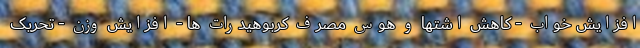
افزایش خواب - کاهش اشتها و هوس مصرف کربوهیدرات ها - افزایش وزن - تحریک